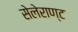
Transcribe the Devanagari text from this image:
सेलेराण्ट